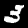
Digit: 3